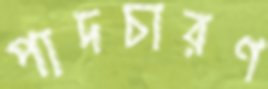
পাদচারণ